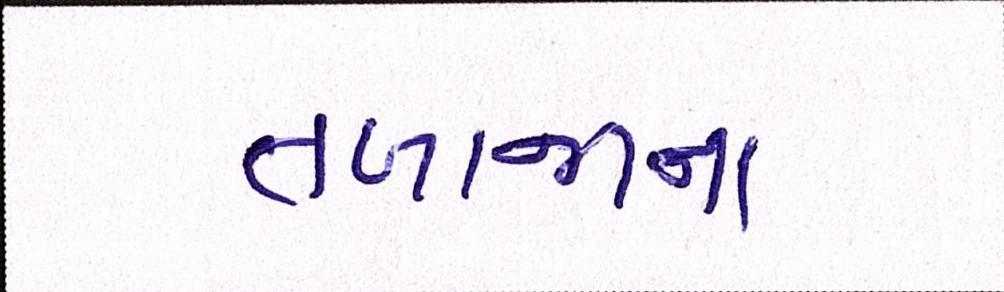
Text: તળાજાના